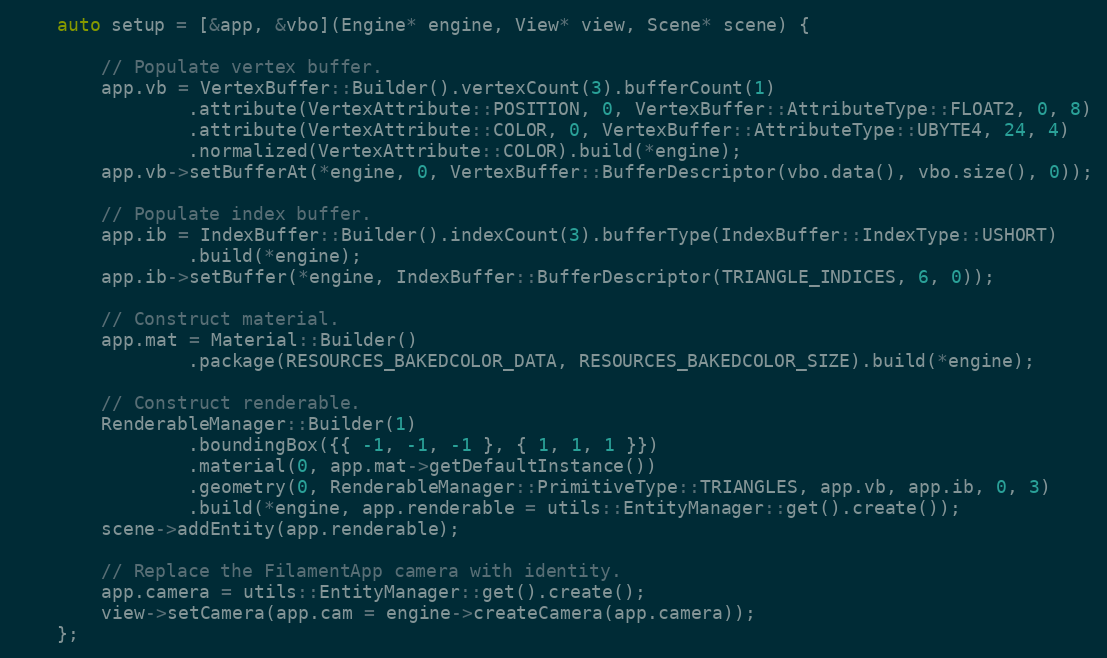
Language: C++
    auto setup = [&app, &vbo](Engine* engine, View* view, Scene* scene) {

        // Populate vertex buffer.
        app.vb = VertexBuffer::Builder().vertexCount(3).bufferCount(1)
                .attribute(VertexAttribute::POSITION, 0, VertexBuffer::AttributeType::FLOAT2, 0, 8)
                .attribute(VertexAttribute::COLOR, 0, VertexBuffer::AttributeType::UBYTE4, 24, 4)
                .normalized(VertexAttribute::COLOR).build(*engine);
        app.vb->setBufferAt(*engine, 0, VertexBuffer::BufferDescriptor(vbo.data(), vbo.size(), 0));

        // Populate index buffer.
        app.ib = IndexBuffer::Builder().indexCount(3).bufferType(IndexBuffer::IndexType::USHORT)
                .build(*engine);
        app.ib->setBuffer(*engine, IndexBuffer::BufferDescriptor(TRIANGLE_INDICES, 6, 0));

        // Construct material.
        app.mat = Material::Builder()
                .package(RESOURCES_BAKEDCOLOR_DATA, RESOURCES_BAKEDCOLOR_SIZE).build(*engine);

        // Construct renderable.
        RenderableManager::Builder(1)
                .boundingBox({{ -1, -1, -1 }, { 1, 1, 1 }})
                .material(0, app.mat->getDefaultInstance())
                .geometry(0, RenderableManager::PrimitiveType::TRIANGLES, app.vb, app.ib, 0, 3)
                .build(*engine, app.renderable = utils::EntityManager::get().create());
        scene->addEntity(app.renderable);

        // Replace the FilamentApp camera with identity.
        app.camera = utils::EntityManager::get().create();
        view->setCamera(app.cam = engine->createCamera(app.camera));
    };